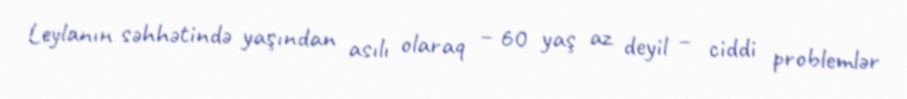
Leylanın səhhətində yaşından asılı olaraq – 60 yaş az deyil – ciddi problemlər